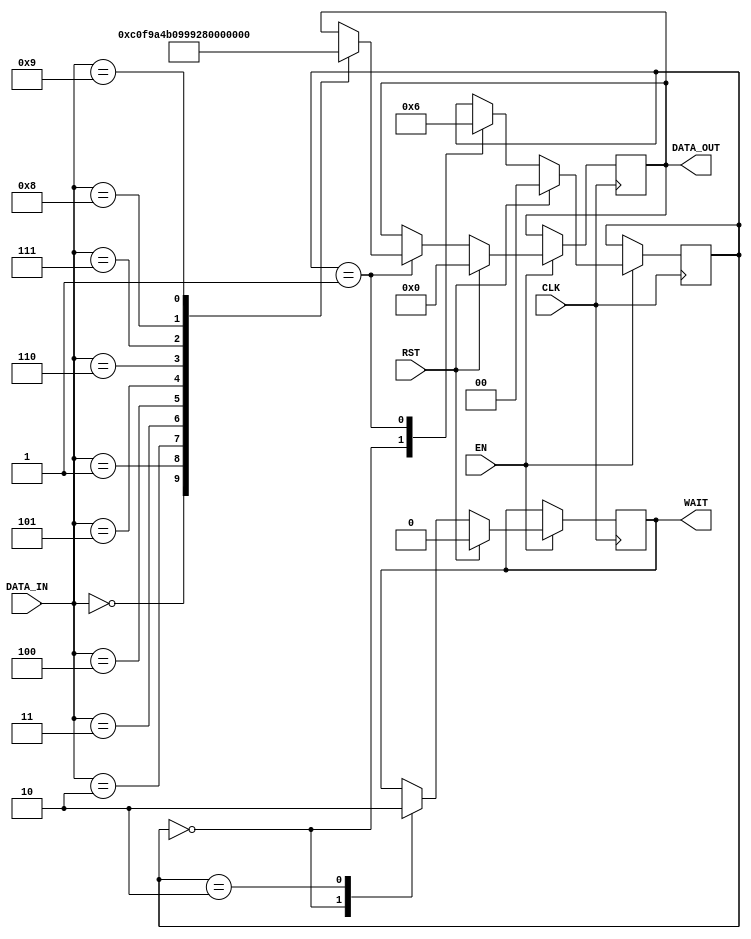
module C7SEG(
	CLK,
	EN,
	RST,
	DATA_IN,
	DATA_OUT,
	WAIT
    );
	 
	 //Definio de IOs
	 input  CLK, EN, RST;
	 input [0:7] DATA_IN;	 
	 output WAIT;
	 output [0:7] DATA_OUT;
	 
	 //Definio de registradores
	 //reg [0:7]DATA_IN;
	 reg [0:7]DATA_OUT;
	
	 reg WAIT;
	 
	 //Definio para FSM
	 reg [1:0] STATE;
	 parameter S0=0, S1=1, S2=2;
	 
	//Processo de FSM 
	always @(posedge CLK)
	begin: FSM
	  if (EN == 1'b1)
	  begin
		 if ( RST == 1'b1)
		 begin
			  STATE <= S0;
			  DATA_OUT <= 8'b00000000;
			  WAIT <= 1'b0;
		 end else begin
		 
			 case (STATE)
				 S0:
					begin
						 WAIT <= 1'b1;
						 STATE <= S1;
					 end
				 S1:
					 begin				 
							 case (DATA_IN)				 
									0:                             //abcdefg
										  DATA_OUT <= ~8'b00111111;// 1111110;
										  

									1:
										  DATA_OUT <= ~8'b00000110;// 0110000;
										  
										  
									2:
										  DATA_OUT <= ~8'b01011011;// 1101101; //aqui
										  

									3:
										  DATA_OUT <= ~8'b01001111;// 1111001;
										  

									4:
										  DATA_OUT <= ~8'b01100110; //0110011;
										  

									5:
										  DATA_OUT <= ~8'b01101101;//1011011;
										  

									6:
										  DATA_OUT <= ~8'b01111101;//1011111;
										  

									7:
										  DATA_OUT <= ~8'b00000111;//1110000;
										  
										  
									8:
										  DATA_OUT <= ~8'b01111111;//1111111;
										  
										  
									9:
										  DATA_OUT <= ~8'b01101111;//1111011;
										  
							endcase //Case DATA
							
							STATE <= S2;
						end //end estado S0
					S2:
						begin
							WAIT <= 1'b0;
						end
						
				endcase //Case State
			end //end Reset
		end //End EN
	  end //End Process/FSM
endmodule